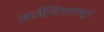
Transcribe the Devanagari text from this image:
आर्जेन्टिनापासून